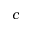
c